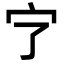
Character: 㝋